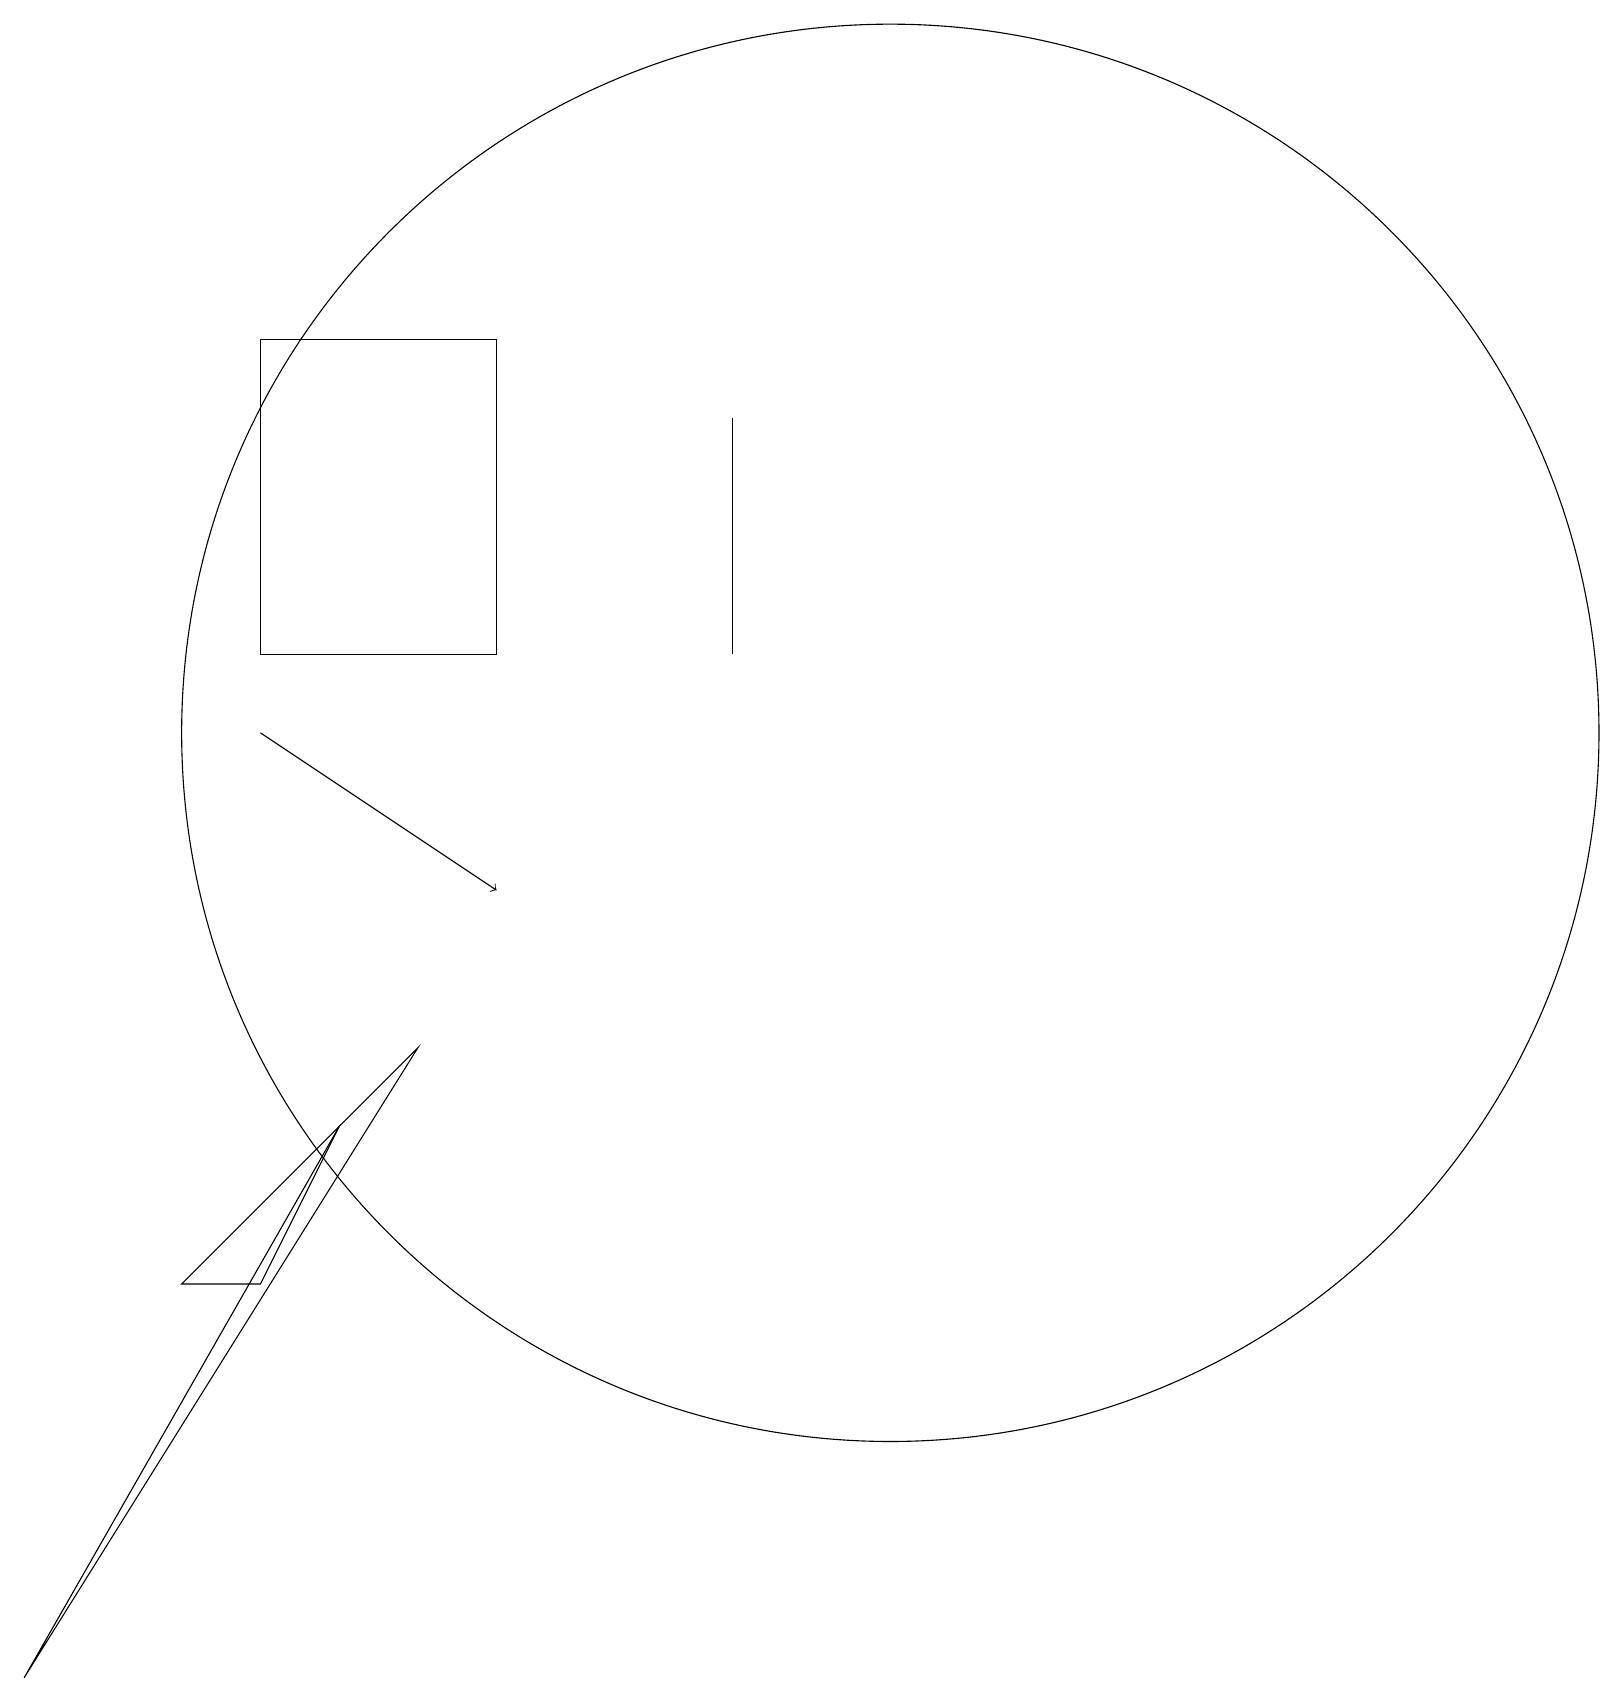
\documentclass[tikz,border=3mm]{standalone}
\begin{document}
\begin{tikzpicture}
\draw (6,17) rectangle (3,13);
\draw[->] (3,12) -- (6,10);
\draw (9,16) rectangle (9,13);
\draw (3,5) -- (4,7) -- (2,5) -- cycle;
\draw (0,0) -- (5,8) -- (4,7) -- cycle;
\draw (11,12) circle (9);
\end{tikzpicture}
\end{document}